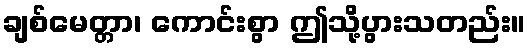
ချစ်မေတ္တာ၊ ကောင်းစွာ ဤသို့ပွားသတည်း။